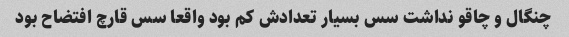
چنگال و چاقو نداشت سس بسیار تعدادش کم بود واقعا سس قارچ افتضاح بود